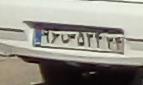
۹۶س۵۲۴۳۴